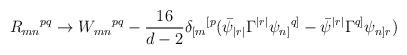
LaTeX: \begin{align*}R_{mn}{}^{pq} \rightarrow W_{mn}{}^{pq} - \frac{16}{d-2}\delta_{[m}{}^{[p}(\bar\psi_{|r|}\Gamma^{|r|}\psi_{n]}{}^{q]}- \bar\psi^{|r|}\Gamma^{q]}\psi_{n]r})\end{align*}